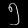
Digit: ၅